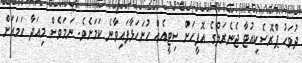
ދުވަހު ޕްރޮސެކިއުޓާ ޖެނެރަލްގެ އޮފީހަށް ސިޓީއެއް ހުށަހަޅާފައިވާނެ ކަމަށެވެ. ނަމަވެސް މިއަދާ ހަމައަށް